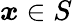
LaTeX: \boldsymbol{x}\in S